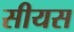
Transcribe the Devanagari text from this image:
सीयस